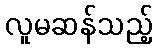
လူမဆန်သည့်